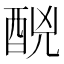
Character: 䣴